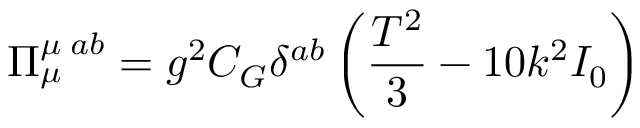
\Pi _ { \mu } ^ { \mu \; a b } = g ^ { 2 } C _ { G } \delta ^ { a b } \left( \frac { T ^ { 2 } } { 3 } - 1 0 k ^ { 2 } I _ { 0 } \right)